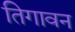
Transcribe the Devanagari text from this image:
तिगावन